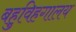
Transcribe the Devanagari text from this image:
बहुविहगालय